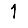
Digit: 1